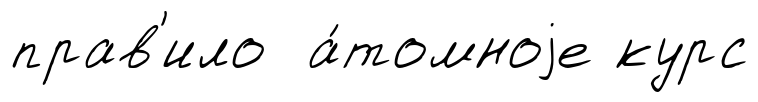
прав'ило а́томноjе курс